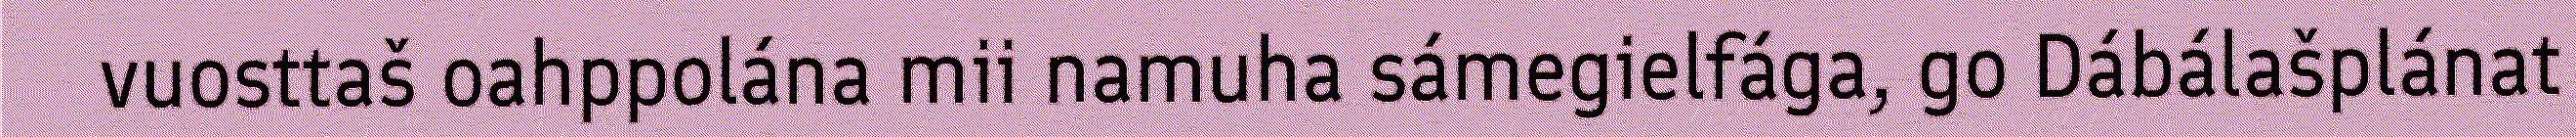
vuosttaš oahppolána mii namuha sámegielfága, go Dábálašplánat